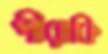
পীরাকি